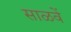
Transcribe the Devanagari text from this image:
साळवें